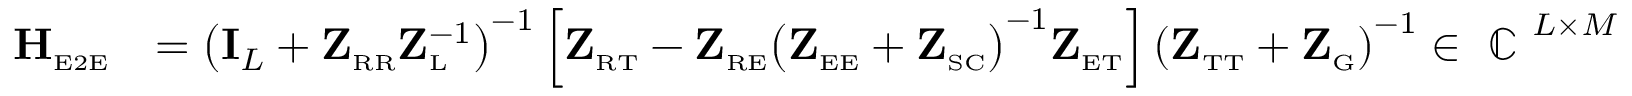
\begin{array} { r l } { \mathbf { H } _ { \scriptscriptstyle \mathrm { E 2 E } } } & { = \left( \mathbf { I } _ { L } + \mathbf { Z } _ { \scriptscriptstyle \mathrm { R } \scriptscriptstyle \mathrm { R } } \mathbf { Z } _ { \scriptscriptstyle \mathrm { L } } ^ { - 1 } \right) ^ { - 1 } \Big [ \mathbf { Z } _ { \scriptscriptstyle \mathrm { R } \scriptscriptstyle \mathrm { T } } - \mathbf { Z } _ { \scriptscriptstyle \mathrm { R } \scriptscriptstyle \mathrm { E } } \big ( \mathbf { Z } _ { \scriptscriptstyle \mathrm { E } \scriptscriptstyle \mathrm { E } } + \mathbf { Z } _ { \scriptscriptstyle \mathrm { S C } } \big ) ^ { - 1 } \mathbf { Z } _ { \scriptscriptstyle \mathrm { E } \scriptscriptstyle \mathrm { T } } \Big ] \left( \mathbf { Z } _ { \scriptscriptstyle \mathrm { T } \scriptscriptstyle \mathrm { T } } + \mathbf { Z } _ { \scriptscriptstyle \mathrm { G } } \right) ^ { - 1 } \in \mathrm { ~ \mathbb { C } ~ } ^ { L \times M } } \end{array}